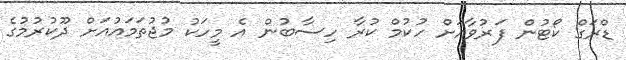
ޑްރަގް ކޯޓުން ފަރުވާއަށް ހުކުމް ކުރާ ހިސާބުން އެ މީހަކު މުޖުތަމައުއަށް ދޫކުރުމުގެ